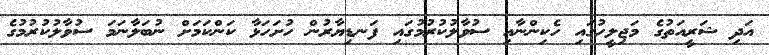
އަދި ޝަރީއަތުގެ މަޖިލީހުގައި ހެކިންނާއި ސުވާލުކުރުމުގައި ފަނޑިޔާރުން ހުށަހަޅާ ކަންކަމަށް ނުބަލާނަމަ ސުވާލުކުރުމުގެ